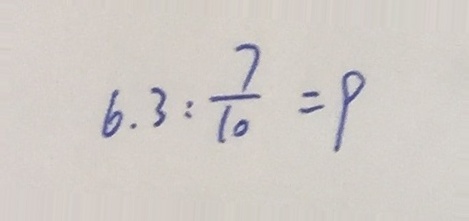
6 . 3 : \frac { 7 } { 1 0 } = 9